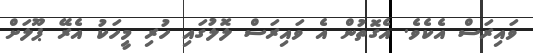
ވައިރަސް އެކެވެ. އެގޮތުން އެ ވައިރަސް ލޮލުގައި ހުރި މީހަކު އެރޭ ޕޫލަށް